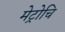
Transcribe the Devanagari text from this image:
मेट्रोचि